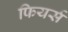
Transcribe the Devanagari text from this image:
फियर्स